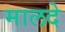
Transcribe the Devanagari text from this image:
मालदे